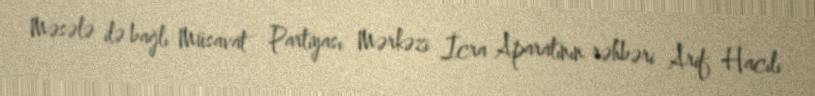
Məsələ ilə bağlı Müsavat Partiyası Mərkəzi İcra Aparatının rəhbəri Arif Hacılı